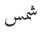
شمس